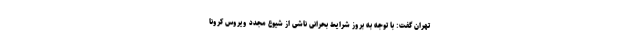
تهران گفت: با توجه به بروز شرایط بحرانی ناشی از شیوع مجدد ویروس کرونا